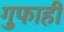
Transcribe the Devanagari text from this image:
गुफाही